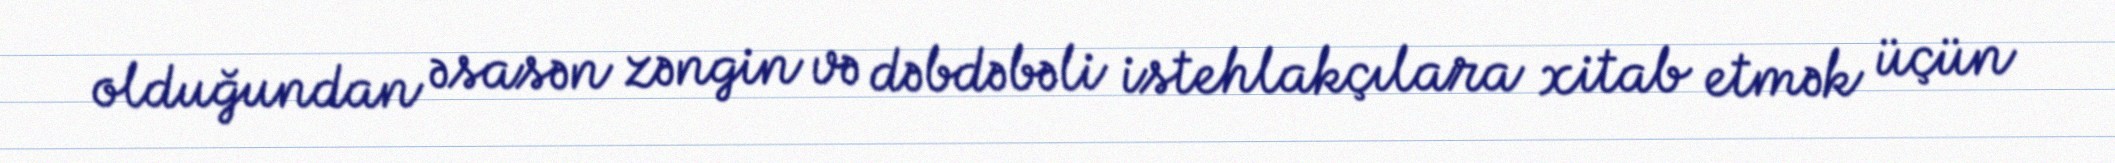
olduğundan əsasən zəngin və dəbdəbəli istehlakçılara xitab etmək üçün